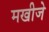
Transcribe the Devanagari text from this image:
मखीजे